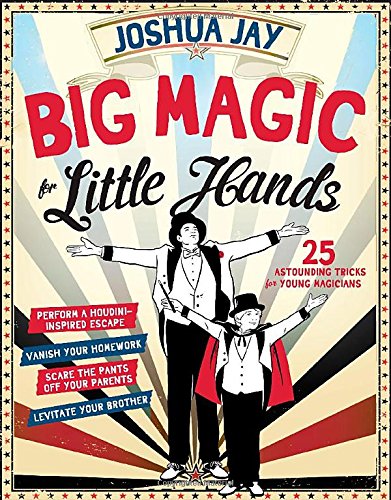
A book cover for Big Magic for Little Hands: 25 Astounding Illusions for Young Magicians; Joshua Jay; Humor & Entertainment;